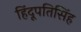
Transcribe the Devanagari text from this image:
हिंदूपतिसिंह